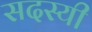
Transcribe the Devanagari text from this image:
सदस्यी